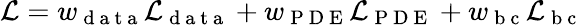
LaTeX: \mathcal{L}=w_{\mathrm{~d~a~t~a~}}\mathcal{L}_{\mathrm{~d~a~t~a~}}+w_{\mathrm{~P~D~E~}}\mathcal{L}_{\mathrm{~P~D~E~}}+w_{\mathrm{~b~c~}}\mathcal{L}_{\mathrm{~b~c~}}